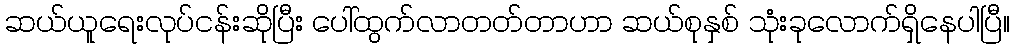
ဆယ်ယူရေးလုပ်ငန်းဆိုပြီး ပေါ်ထွက်လာတတ်တာဟာ ဆယ်စုနှစ် သုံးခုလောက်ရှိနေပါပြီ။